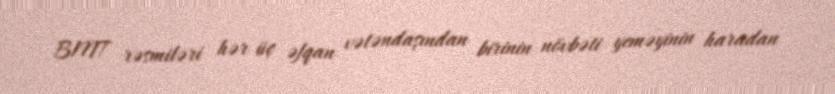
BMT rəsmiləri hər üç əfqan vətəndaşından birinin növbəti yeməyinin haradan